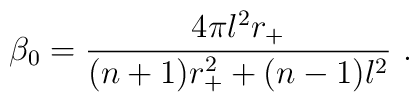
\beta_0 = \frac{4\pi l^2 r_+}{(n+1)r_+^2 +(n-1) l^2}~.